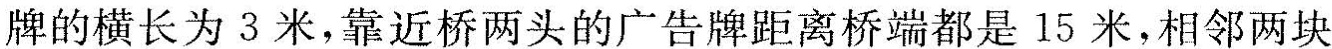
牌的横长为3米，靠近桥两头的广告牌距离桥端都是15米，相邻两块